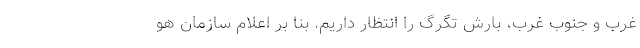
غرب و جنوب غرب، بارش تگرگ را انتظار داریم. بنا بر اعلام سازمان هو